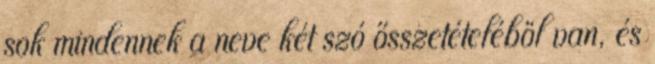
sok mindennek a neve két szó ősszetételéböl van, és